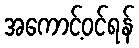
အကောင့်ဝင်ရန်